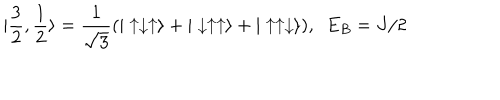
| \frac { 3 } { 2 } , \frac { 1 } { 2 } \rangle = \frac { 1 } { \sqrt { 3 } } ( | \uparrow \downarrow \uparrow \rangle + | \downarrow \uparrow \uparrow \rangle + | \uparrow \uparrow \downarrow \rangle ) , \ \ E _ { B } = J / 2